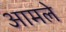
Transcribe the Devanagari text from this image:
आमले